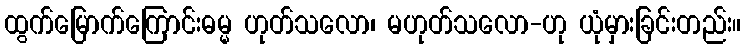
ထွက်မြောက်ကြောင်းဓမ္မ ဟုတ်သလော၊ မဟုတ်သလော-ဟု ယုံမှားခြင်းတည်း။